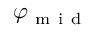
\varphi _ { \mathrm { ~ m ~ i ~ d ~ } }